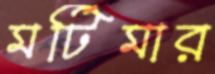
মর্টিমার